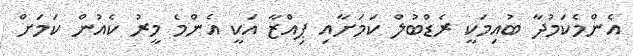
އެންމެކަމުދާ ބުއިމަކީ ރެޑްބުލް ކަމަށާއި ޕިއްޒާ އަކީ އެންމެ މީރު ކެއުން ކަމަށް